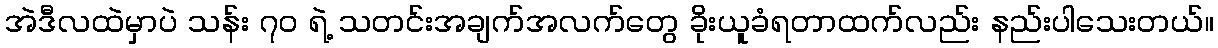
အဲဒီလထဲမှာပဲ သန်း ၇၀ ရဲ့ သတင်းအချက်အလက်တွေ ခိုးယူခံရတာထက်လည်း နည်းပါသေးတယ်။